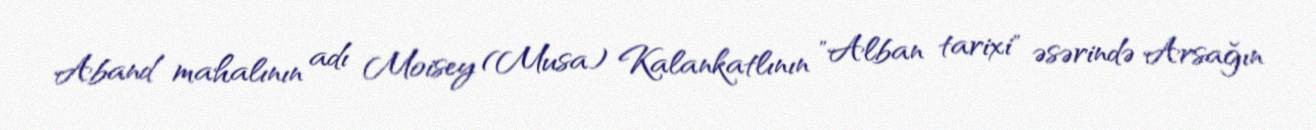
Aband mahalının adı Moisey (Musa) Kalankatlının "Alban tarixi" əsərində Arsağın